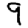
Digit: 9